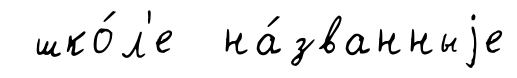
шко́л'е на́званныjе